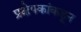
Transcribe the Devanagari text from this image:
प्रक्षेपकांकडून